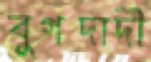
বুগদাদী